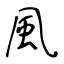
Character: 風